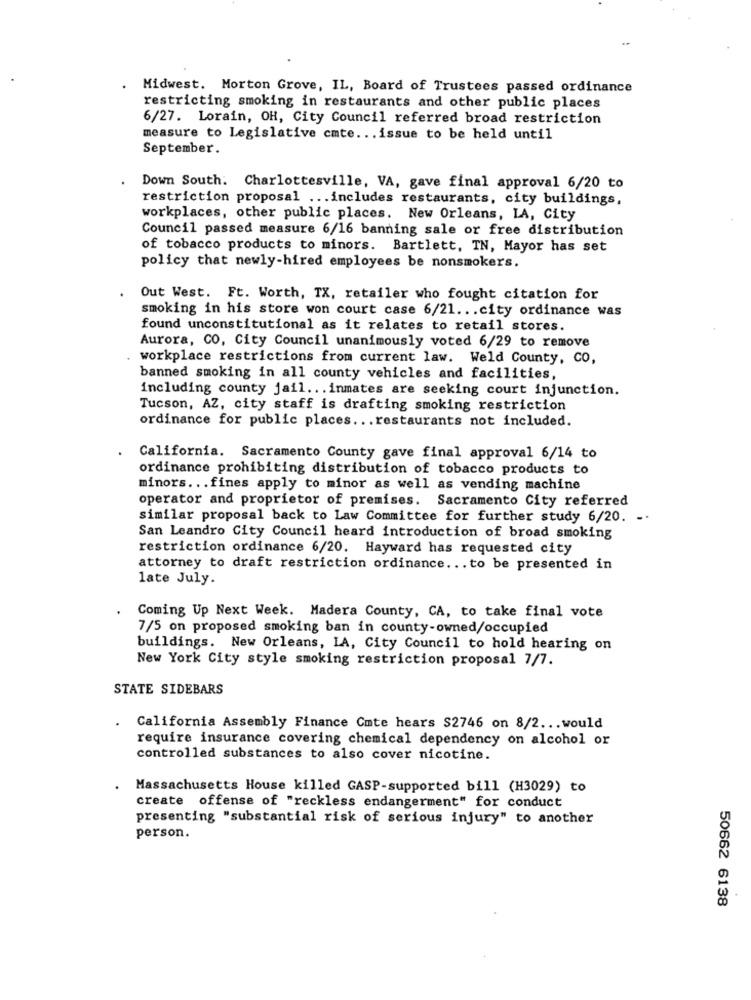
Midwest. Morton Grove, IL, Board of Trustees passed ordinance
restricting smoking in restaurants and other public places
6/27. Lorain, OH, City Council referred broad restriction
measure to Legislative cmte ... issue to be held until
September.
Down South: Charlottesville, VA, gave final approval 6/20 to
restriction proposal ... includes restaurants, city buildings,
workplaces, other public places. New Orleans, LA, City
Council passed measure 6/16 banning sale or free distribution
of tobacco products to minors. Bartlett, TN, Mayor has set
policy that newly-hired employees be nonsmokers.
Out West. Ft. Worth, TX, retailer who fought citation for
smoking in his store won court case 6/21 ... city ordinance was
found unconstitutional as it relates to retail stores.
Aurora, CO, City Council unanimously voted 6/29 to remove
. workplace restrictions from current law. Weld County, CO,
banned smoking in all county vehicles and facilities,
including county jail ... inmates are seeking court injunction.
Tucson, AZ, city staff is drafting smoking restriction
ordinance for public places ... restaurants not included.
California. Sacramento County gave final approval 6/14 to
ordinance prohibiting distribution of tobacco products to
minors ... fines apply to minor as well as vending machine
operator and proprietor of premises. Sacramento City referred
similar proposal back to Law Committee for further study 6/20.
-
San Leandro City Council heard introduction of broad smoking
restriction ordinance 6/20. Hayward has requested city
attorney to draft restriction ordinance ... to be presented in
late July.
Coming Up Next Week. Madera County, CA, to take final vote
7/5 on proposed smoking ban in county-owned/occupied
buildings. New Orleans, LA, City Council to hold hearing on
New York City style smoking restriction proposal 7/7.
STATE SIDEBARS
California Assembly Finance Cmte hears S2746 on 8/2 ... would
require insurance covering chemical dependency on alcohol or
controlled substances to also cover nicotine.
Massachusetts House killed GASP-supported bill (H3029) to
create offense of "reckless endangerment" for conduct
presenting "substantial risk of serious injury" to another
person.
50662 6138